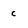
Character: c